Scottish Certificate of Education, 1962
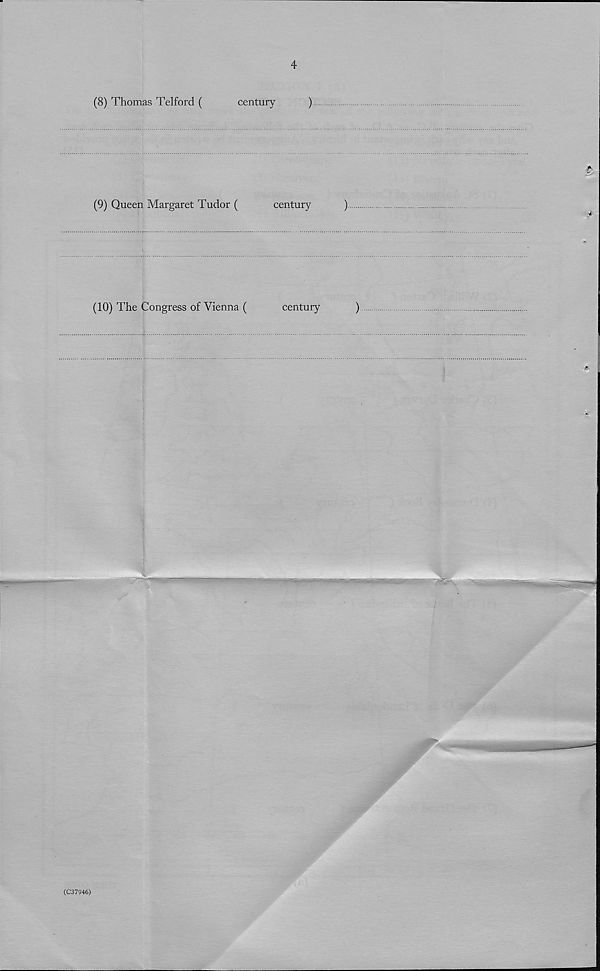
4
(8) Thomas Telford (
century
)
(9) Queen Margaret Tudor (
century
)
(10) The Congress of Vienna (
century
)